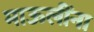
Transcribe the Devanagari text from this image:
माऊलींना